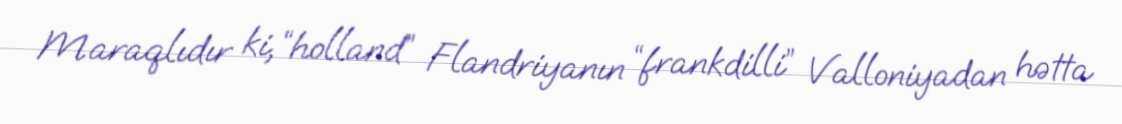
Maraqlıdır ki, “holland” Flandriyanın “frankdilli” Valloniyadan hətta